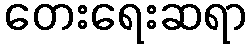
တေးရေးဆရာ